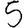
Digit: 5